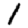
Digit: 1